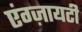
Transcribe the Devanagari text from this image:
एंग्ज़ायटी